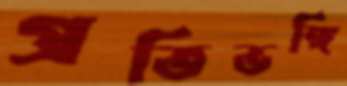
প্রতিভঙ্গি